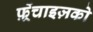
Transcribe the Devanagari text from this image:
फ़्रेंचाइज़को